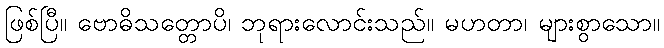
ဖြစ်ပြီ။ ဗောဓိသတ္တောပိ၊ ဘုရားလောင်းသည်။ မဟတာ၊ များစွာသော။